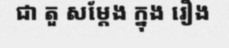
ជា តួ សម្តែង ក្នុង រឿង